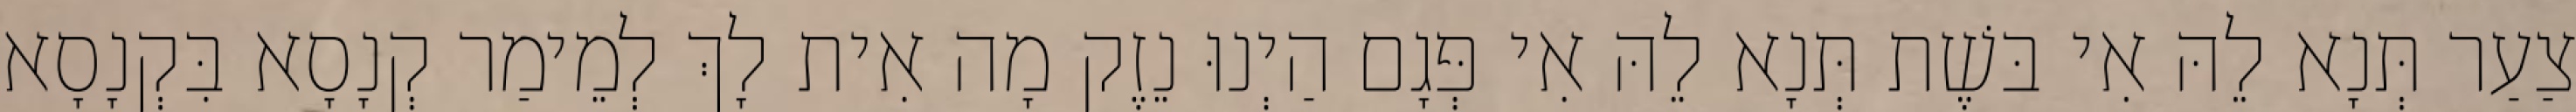
צַעַר תְּנָא לֵהּ אִי בּשֶׁת תְּנָא לֵהּ אִי פְּגָם הַיְנוּ נֵזֶק מָה אִית לָךְ לְמֵימַר קְנָסָא בִּקְנָסָא